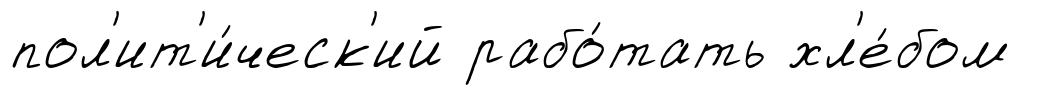
пол'ит'и́ческ'ий рабо́тать хл'е́бом